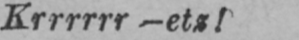
Krrrrrr-etz!